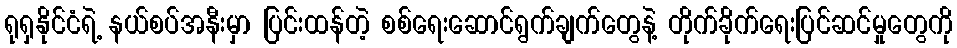
ရုရှနိုင်ငံရဲ့ နယ်စပ်အနီးမှာ ပြင်းထန်တဲ့ စစ်ရေးဆောင်ရွက်ချက်တွေနဲ့ တိုက်ခိုက်ရေးပြင်ဆင်မှုတွေကို